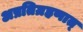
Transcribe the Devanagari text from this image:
अप्रतिग्रहणात्